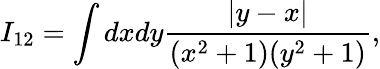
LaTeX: I_{12}=\int dxdy\frac{|y-x|}{(x^{2}+1)(y^{2}+1)},